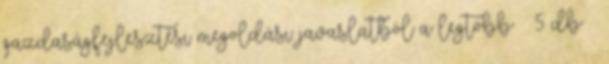
gazdaságfejlesztési megoldási javaslatból a legtöbb – 5 db –